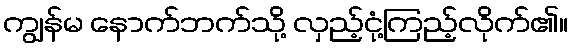
ကျွန်မ နောက်ဘက်သို့ လှည့်ငုံ့ကြည့်လိုက်၏။